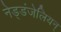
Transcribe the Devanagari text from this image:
नेड्डंजेलियन्